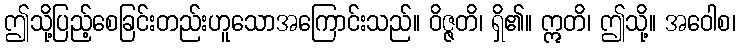
ဤသို့ပြည့်စေခြင်းတည်းဟူသောအကြောင်းသည်။ ဝိဇ္ဇတိ၊ ရှိ၏။ ဣတိ၊ ဤသို့။ အဝေါစ၊